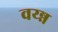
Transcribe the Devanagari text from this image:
वय्न्न